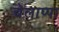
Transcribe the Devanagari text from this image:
चेलाप्पा